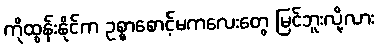
ကိုထွန်းနိုင်က ဥစ္စာစောင့်မကလေးတွေ မြင်ဘူးလို့လား